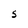
Character: S